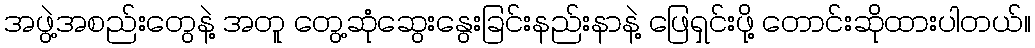
အဖွဲ့အစည်းတွေနဲ့ အတူ တွေ့ဆုံဆွေးနွေးခြင်းနည်းနာနဲ့ ဖြေရှင်းဖို့ တောင်းဆိုထားပါတယ်။